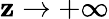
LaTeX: \mathbf{z}\rightarrow+\infty